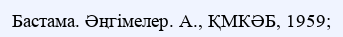
Бастама. Әңгімелер. А., ҚМКӘБ, 1959;